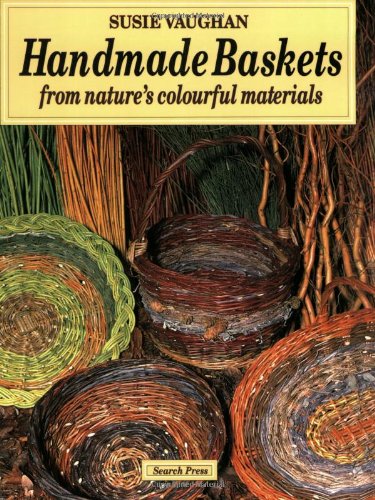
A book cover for Handmade Baskets: From Nature's Colourful Materials; Susie Vaughan; Crafts, Hobbies & Home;